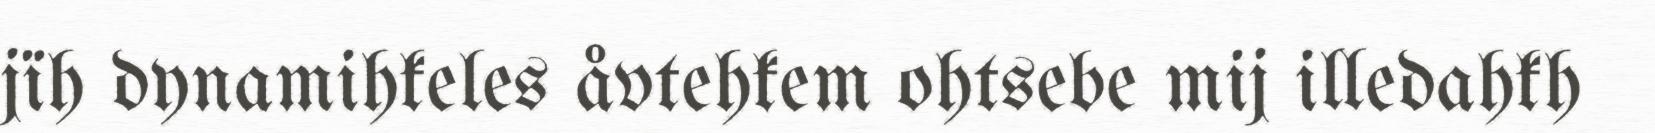
jïh dynamihkeles åvtehkem ohtsebe mij illedahkh